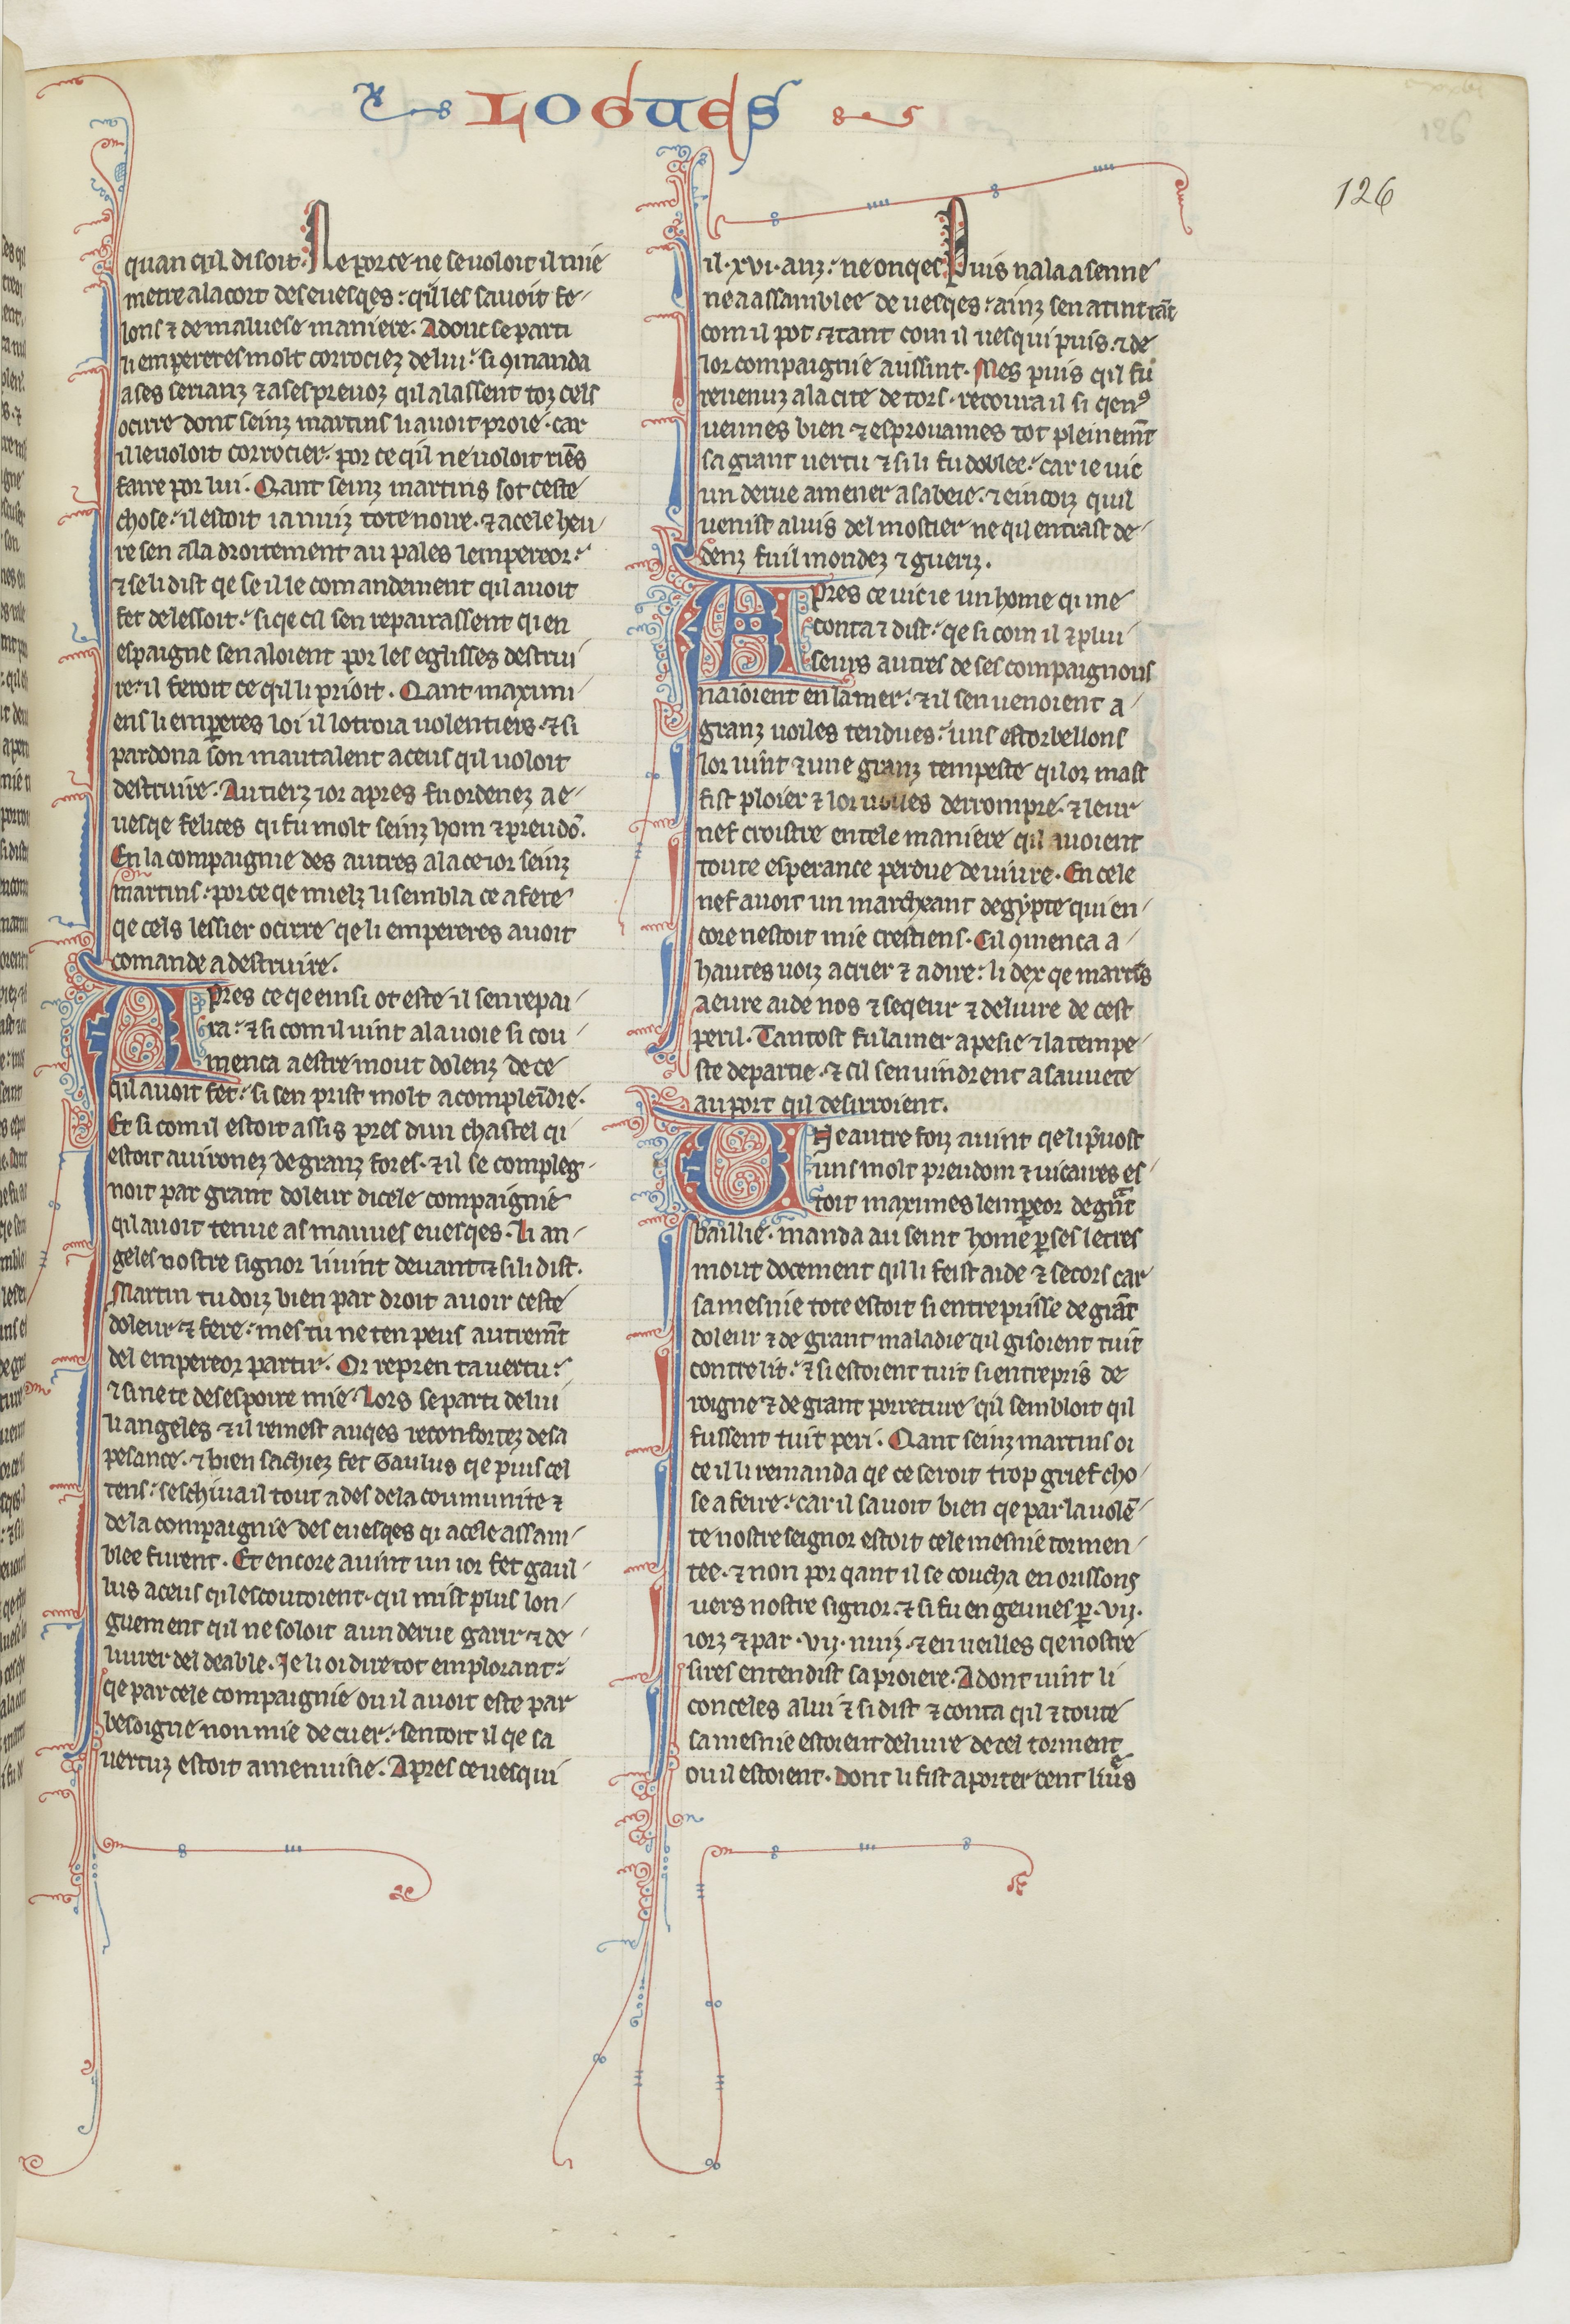
Shelfmark: Paris, BnF, fr. 412
Century: 13